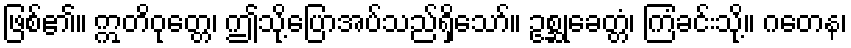
ဖြစ်၏။ ဣတိဝုတ္တေ၊ ဤသို့ပြောအပ်သည်ရှိသော်။ ဥစ္ဆုခေတ္တံ၊ ကြံခင်းသို့။ ဂတေန၊